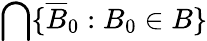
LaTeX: \bigcap\{ {\overline{{B}}}_{0}:B_{0}\in B\}